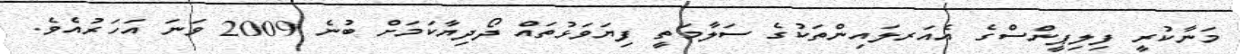
މަނާކުރީ ފިލިޕީންސްގެ އެއަރލައިންތަކުގެ ސަލާމަތީ ފިޔަވަޅުތައް ދޯދިޔާކަމަށް ބުނެ 2009 ވަނަ އަހަރުއެވެ.